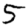
Digit: 5